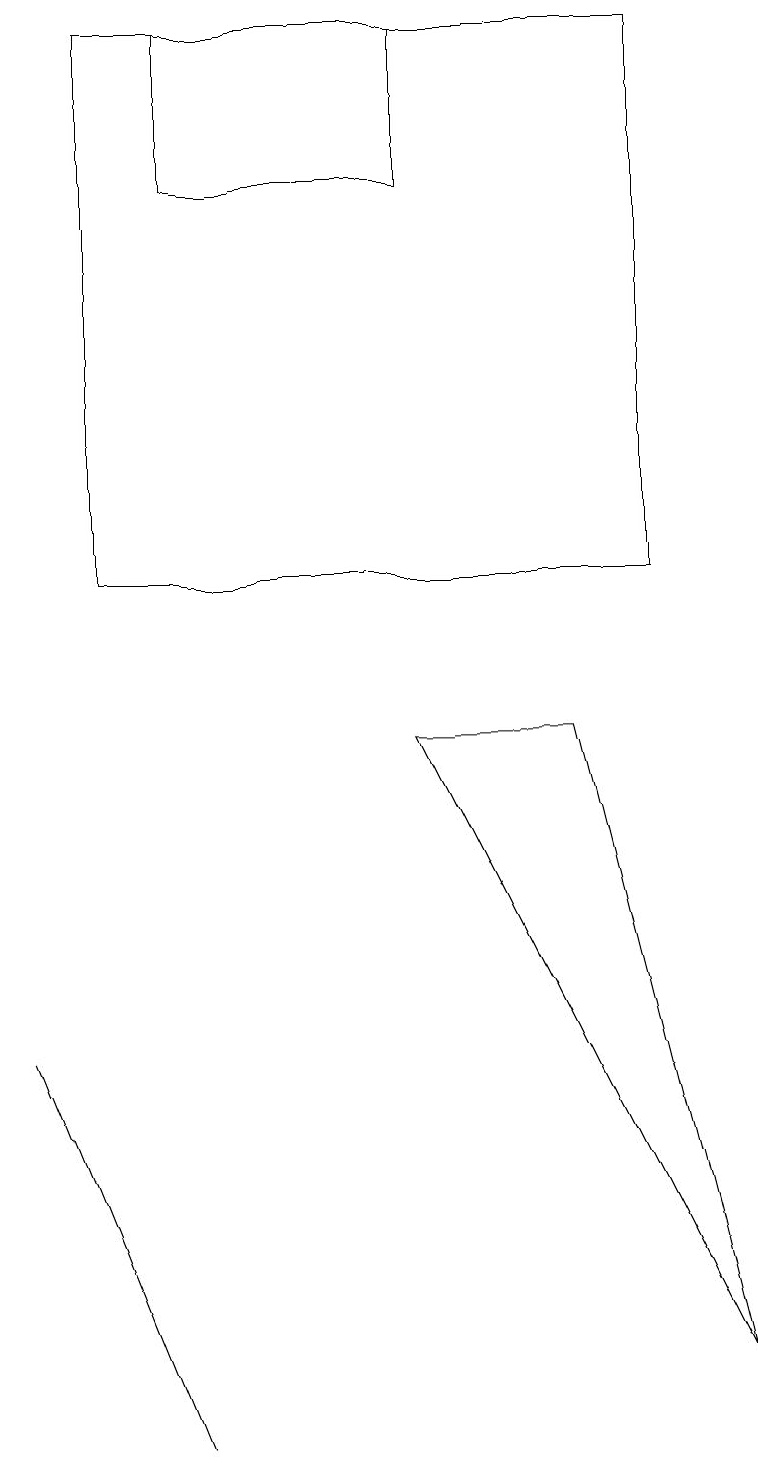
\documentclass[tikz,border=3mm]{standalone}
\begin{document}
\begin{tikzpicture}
\draw (2,0) -- (2,0) -- (0,5) -- cycle;
\draw (5,18) rectangle (2,16);
\draw (7,9) -- (9,1) -- (5,9) -- cycle;
\draw (1,18) rectangle (8,11);
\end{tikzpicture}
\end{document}